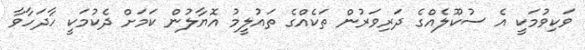
ވަކިވުމަކީ އެ ސުކޫލެއްގެ ދަރިވަރުން ތަކެއްގެ ތައުލީމު އޮޔާލުން ކަމަށް ދެކުމަކީ ހާދަހާވާ